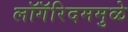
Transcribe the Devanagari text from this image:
लॉगॅरिदममुळे